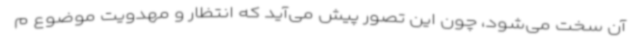
آن سخت می‌شود، چون این تصور پیش می‌آید که انتظار و مهدویت موضوع م